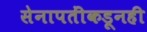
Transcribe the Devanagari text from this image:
सेनापतींकडूनही